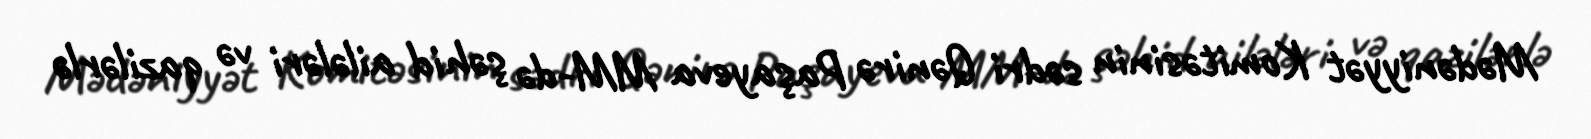
Mədəniyyət Komitəsinin sədri Qənirə Paşayeva MM-də şəhid ailələri və qazilərlə